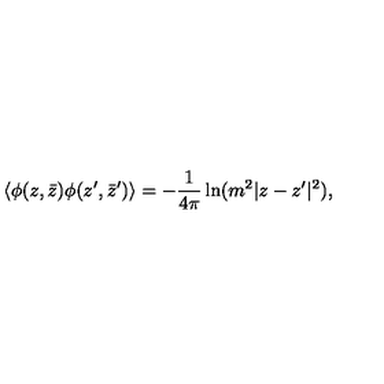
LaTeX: \langle \phi ( z , \bar { z } ) \phi ( z ^ { \prime } , \bar { z } ^ { \prime } ) \rangle = - { \frac { 1 } { 4 \pi } } \ln ( m ^ { 2 } | z - z ^ { \prime } | ^ { 2 } ) ,